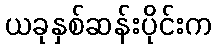
ယခုနှစ်ဆန်းပိုင်းက